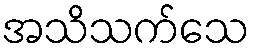
အသိသက်သေ